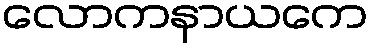
လောကနာယကေ